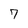
Character: 7